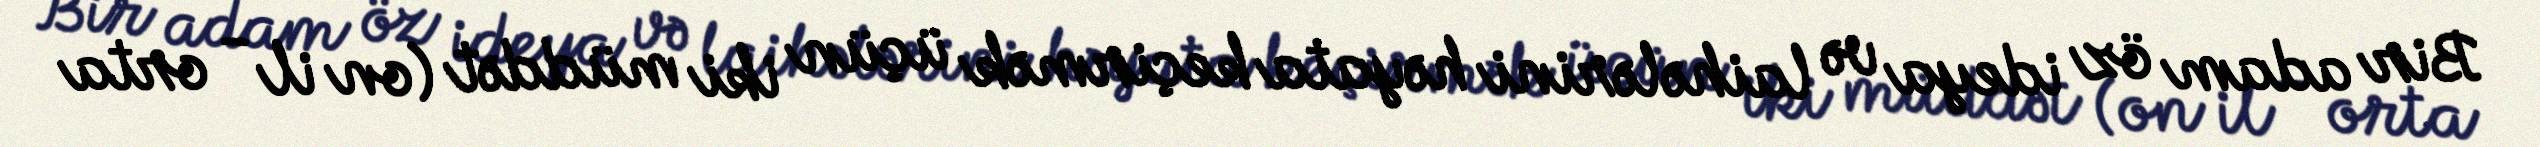
Bir adam öz ideya və laihələrini həyata keçirmək üçün iki müddət (on il - orta